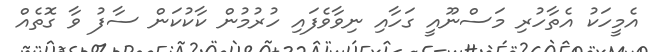
އެމީހަކު އެތާހުރި މަސްނޫއީ ގަހާއި ނިވާވެފައި ހުރުމުން ކާކުކަން ސާފު ވާ ގޮތެއް